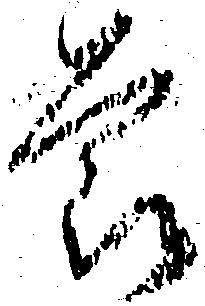
節